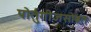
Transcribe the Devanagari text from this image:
पोर्तुगीजसोबत